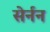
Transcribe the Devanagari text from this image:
सेर्नन